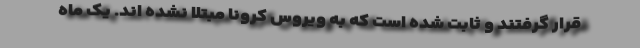
قرار گرفتند و ثابت شده است که به ویروس کرونا مبتلا نشده اند. یک ماه